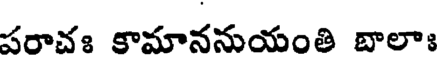
పరాచః కామాననుయంతి బాలాః